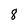
Character: 8